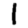
Digit: 1